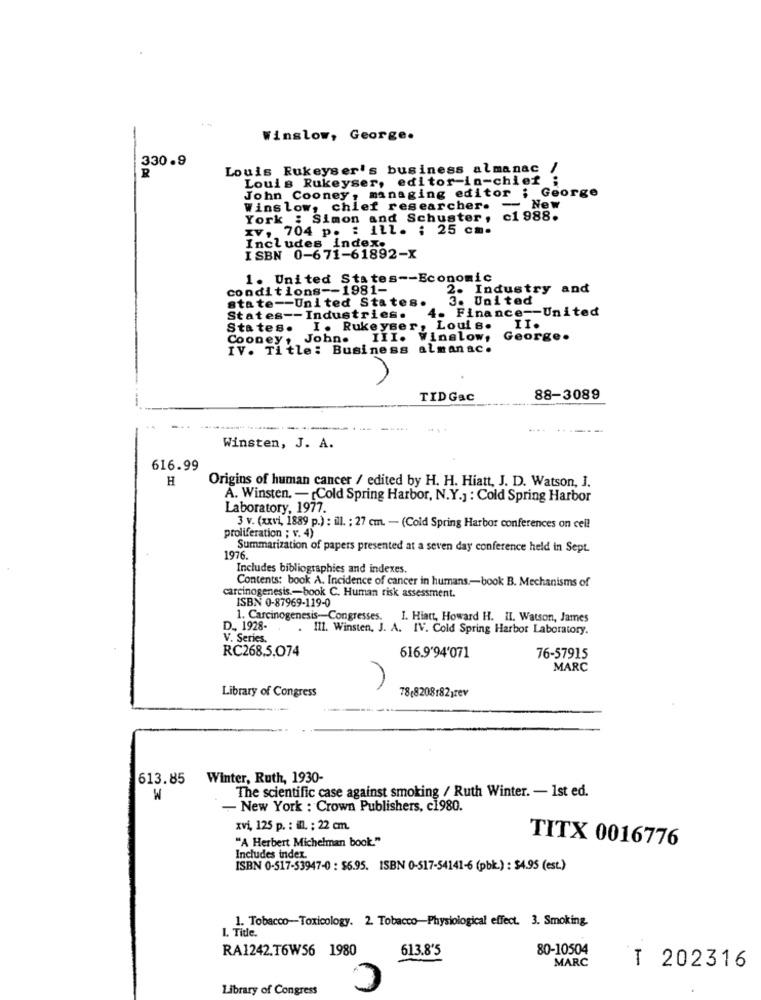
-
Winslow, George.
330.9
R
Louis Rukeyser's business almanac /
Louis Rukeyser, editor-in-chief ;
John Cooney, managing editor ; George
Winslow, chief researcher. - New
York : Simon and Schuster, c1 988.
IV, 704 p. : ill. ; 25 cm.
Includes index.
ISBN 0-671-61892-X
1. United States -- Economic
conditions -- 1981-
2. Industry and
state -- United States.
3. United
4. Finance -- United
States -- Industries.
States. I. Rukeyser, Louis.
II.
John. III. Winslow,
George.
Cooney!
IV. Title: Business almanac.
TID Gac
88-3089
Winsten, J. A.
616.99
H
Origins of human cancer / edited by H. H. Hiatt, J. D. Watson, J.
A. Winsten. - [Cold Spring Harbor, N.Y.] : Cold Spring Harbor
Laboratory, 1977.
3 v. (xxvi, 1889 p.) : ill. ; 27 cm. - (Cold Spring Harbor conferences on cell
proliferation ; v. 4)
Summarization of papers presented at a seven day conference held in Sept.
1976.
Includes bibliographies and indexes.
Contents: book A. Incidence of cancer in humans .- book B. Mechanisms of
carcinogenesis .- book C. Human risk assessment.
ISBN 0-87969-119-0
1. Carcinogenesis-Congresses. I. Hiatt, Howard H. II. Watson, James
D ., 1928-
111. Winsten, J. A. IV. Cold Spring Harbor Laboratory.
V. Series.
RC268.5.074
616.9'94'071
76-57915
MARC
Library of Congress
78(82081821rev
613.85
Winter, Ruth, 1930-
The scientific case against smoking / Ruth Winter. - 1st ed.
W
- New York : Crown Publishers, c1980.
xvi, 125 p. : ill. ; 22 cm.
"A Herbert Michelman book."
TITX 0016776
Includes index
ISBN 0-517-53947-0 : $6.95. ISBN 0-517-54141-6 (pbk.) : $4.95 (est.)
1. Tobacco-Toxicology. 2. Tobacco-Physiological effect. 3. Smoking.
1. Title.
RA1242.T6W56 1980
613.8'5
80-10504
C
MARC
T 202316
Library of Congress